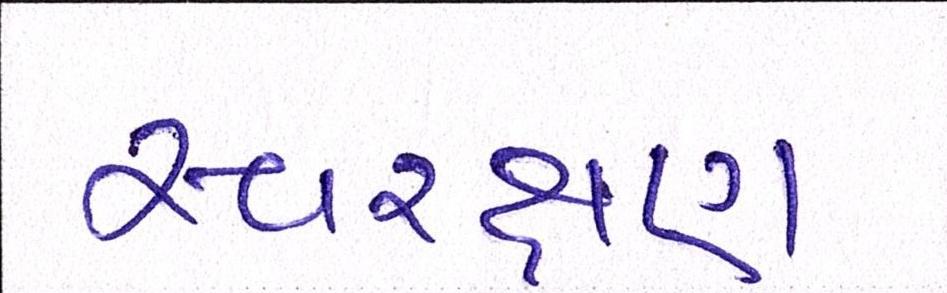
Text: સ્વરક્ષણ